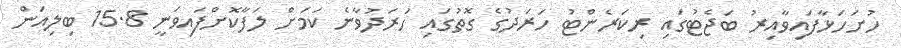
ހުށަހަޅާފައިވާއިރު ބަޖެޓުގައި ރިކަރެންޓު ހަރަދުގެ ގޮތުގައި ހަރަދުވާނެ ކަމަށް ލަފާކޮށްފައިވަނީ 15.8 ބިލިއަން